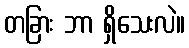
တခြား ဘာ ရှိသေးလဲ။